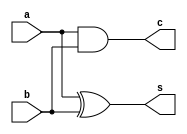
module HALF_ADDER(c,s,a,b);
input a,b;
output c,s;
xor(s,a,b);
and(c,a,b);
endmodule